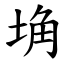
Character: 埆